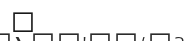
٨